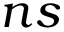
n s